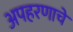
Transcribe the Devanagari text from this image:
अपहरणाचे